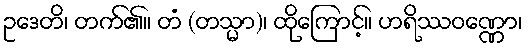
ဥဒေတိ၊ တက်၏။ တံ (တသ္မာ)၊ ထိုကြောင့်။ ဟရိဿဝဏ္ဏော၊